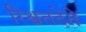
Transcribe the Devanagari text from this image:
रिश्वतदेते